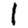
Digit: 1